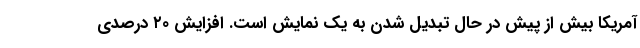
آمریکا بیش از پیش در حال تبدیل شدن به یک نمایش است. افزایش ۲۰ درصدی